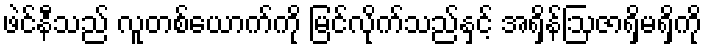
ဖဲင်နီသည် လူတစ်ယောက်ကို မြင်လိုက်သည်နှင့် အရှိန်ဩဇာရှိမရှိကို